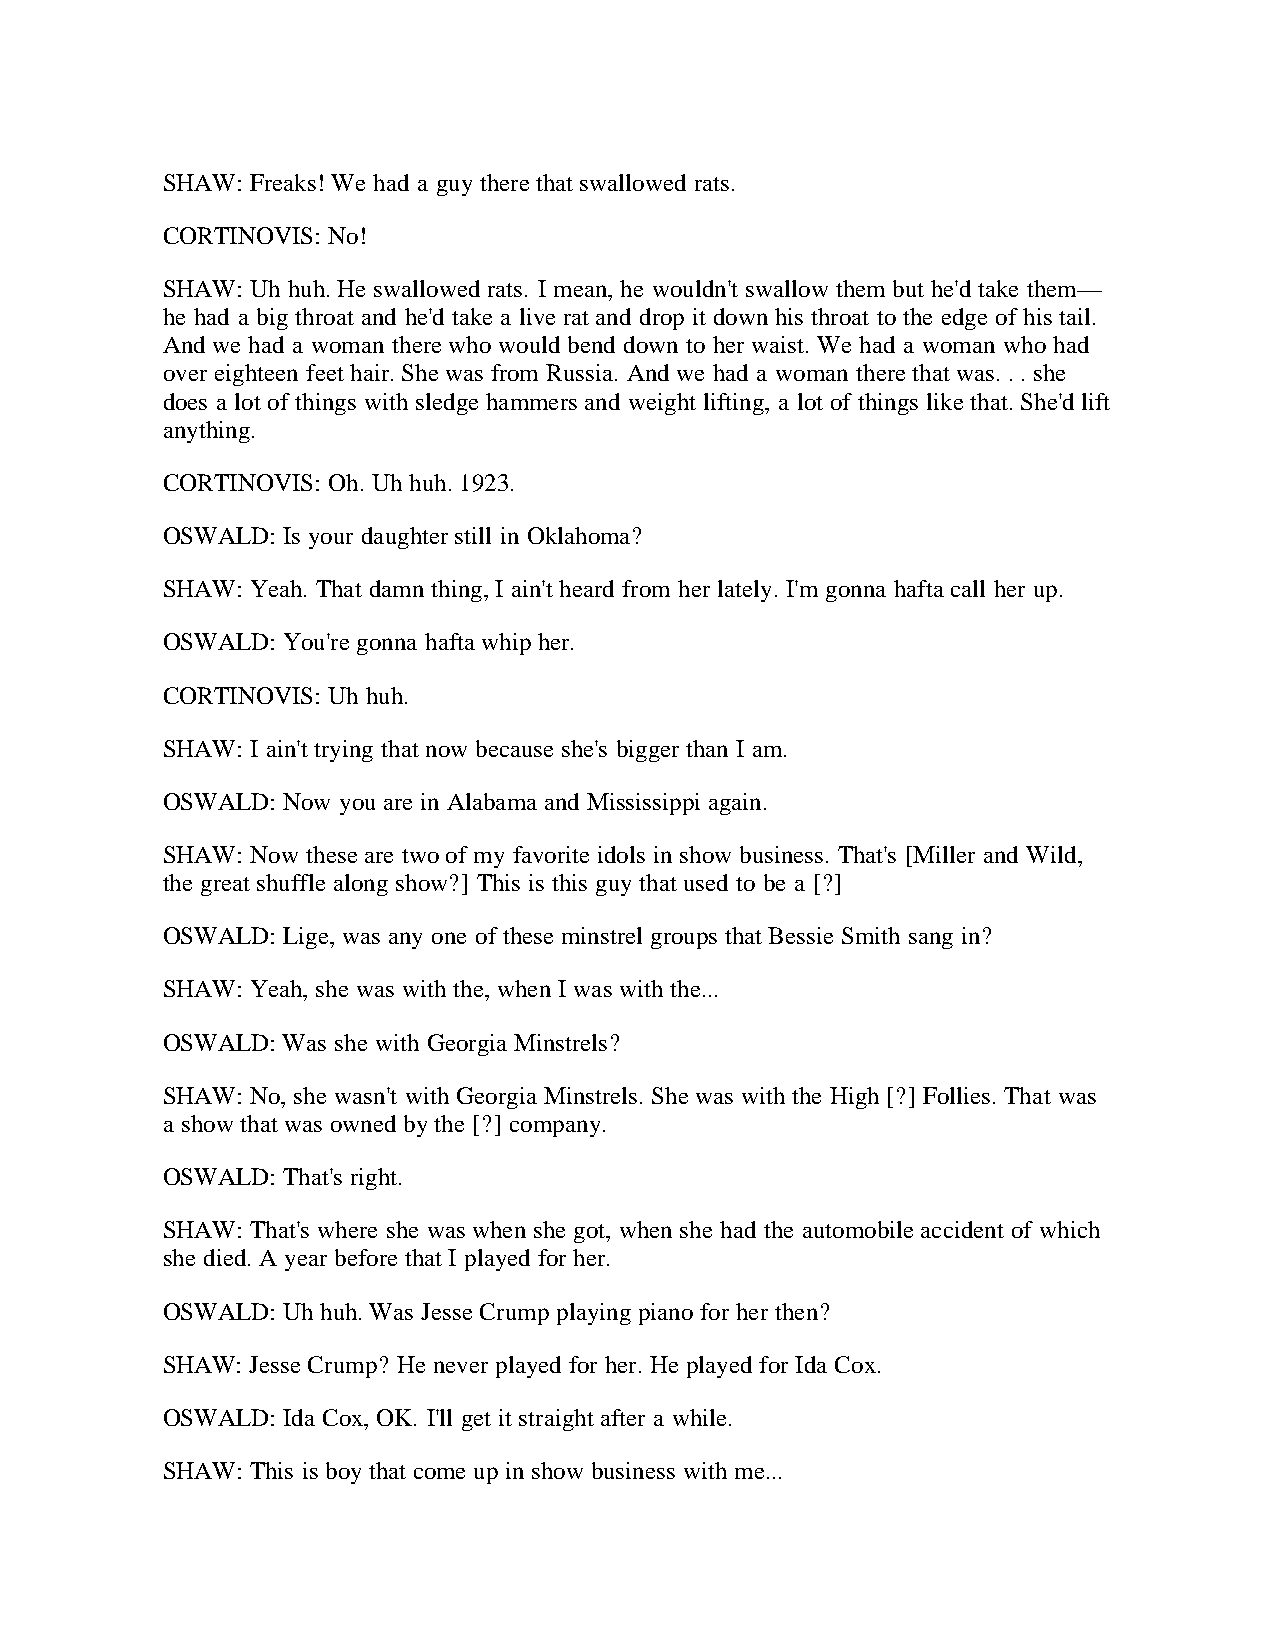
SHAW: Freaks! We had a guy there that swallowed rats.
 CORTINOVIS: No!
 SHAW: Uh huh. He swallowed rats. I mean, he wouldn't swallow them but he'd take them—
 he had a big throat and he'd take a live rat and drop it down his throat to the edge of his tail.
 And we had a woman there who would bend down to her waist. We had a woman who had
 over eighteen feet hair. She was from Russia. And we had a woman there that was. . . she
 does a lot of things with sledge hammers and weight lifting, a lot of things like that. She'd lift
 anything.
 CORTINOVIS: Oh. Uh huh. 1923.
 OSWALD: Is your daughter still in Oklahoma?
 SHAW: Yeah. That damn thing, I ain't heard from her lately. I'm gonna hafta call her up.
 OSWALD: You're gonna hafta whip her.
 CORTINOVIS: Uh huh.
 SHAW: I ain't trying that now because she's bigger than I am.
 OSWALD: Now you are in Alabama and Mississippi again.
 SHAW: Now these are two of my favorite idols in show business. That's [Miller and Wild,
 the great shuffle along show?] This is this guy that used to be a [?]
 OSWALD: Lige, was any one of these minstrel groups that Bessie Smith sang in?
 SHAW: Yeah, she was with the, when I was with the...
 OSWALD: Was she with Georgia Minstrels?
 SHAW: No, she wasn't with Georgia Minstrels. She was with the High [?] Follies. That was
 a show that was owned by the [?] company.
 OSWALD: That's right.
 SHAW: That's where she was when she got, when she had the automobile accident of which
 she died. A year before that I played for her.
 OSWALD: Uh huh. Was Jesse Crump playing piano for her then?
 SHAW: Jesse Crump? He never played for her. He played for Ida Cox.
 OSWALD: Ida Cox, OK. I'll get it straight after a while.
 SHAW: This is boy that come up in show business with me...